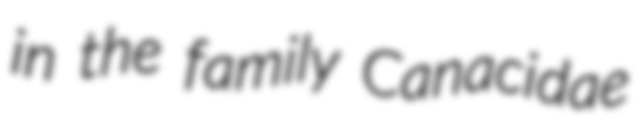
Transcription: in the family Canacidae